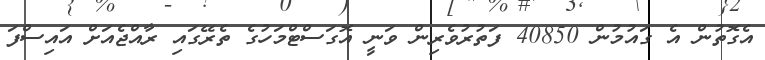
އެގޮތުން އެ ގައުމުން 40850 ފަތުރުވެރިން ވަނީ އޮގަސްޓްމަހުގެ ތެރޭގައި ރާއްޖެއަށް އައިސްފަ